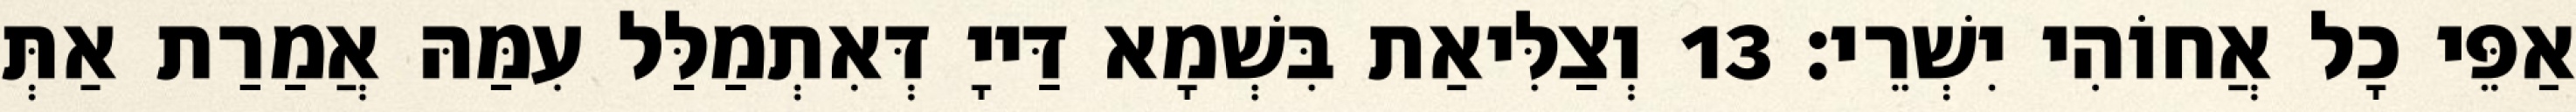
אַפֵּי כָל אֲחוֹהִי יִשְׁרֵי׃ 13 וְצַלִּיאַת בִּשְׁמָא דַּייָ דְּאִתְמַלַּל עִמַּהּ אֲמַרַת אַתְּ